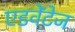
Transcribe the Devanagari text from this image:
एडवेंटेज